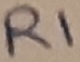
Text: R1